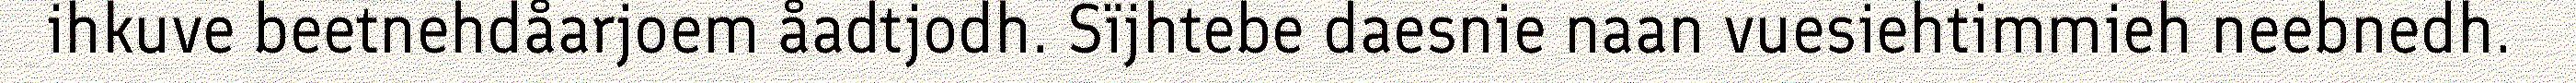
ihkuve beetnehdåarjoem åadtjodh. Sïjhtebe daesnie naan vuesiehtimmieh neebnedh.